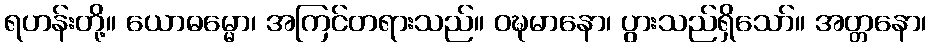
ရဟန်းတို့။ ယောဓမ္မော၊ အကြင်တရားသည်။ ဝဍ္ဎမာနော၊ ပွားသည်ရှိသော်။ အတ္တနော၊